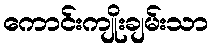
ကောင်းကျိုးချမ်းသာ